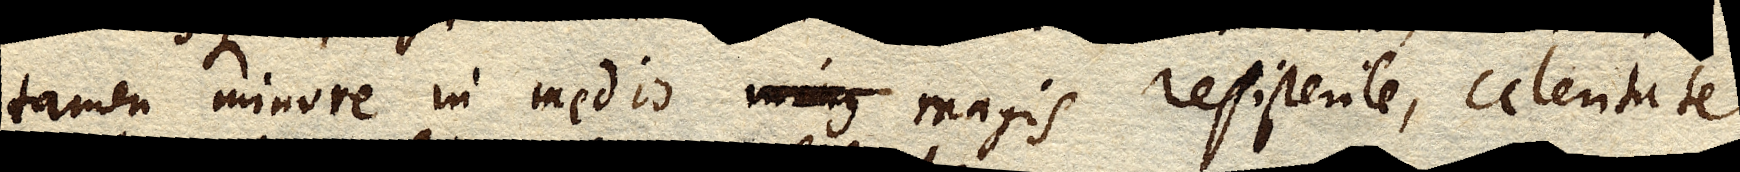
tamen minore in medio minus magis resistente, celeritate